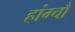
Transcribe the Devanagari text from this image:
हांग्चौ